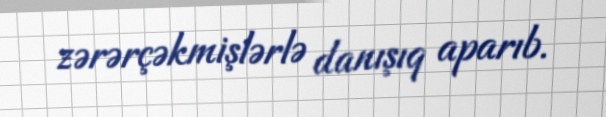
zərərçəkmişlərlə danışıq aparıb.